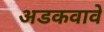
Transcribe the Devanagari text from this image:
अडकवावे